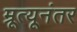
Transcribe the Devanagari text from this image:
म्रूत्यूनंतर